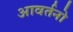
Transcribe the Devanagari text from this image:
आवर्तनो